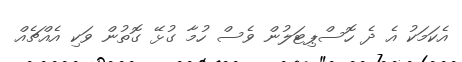
އެކަމަކު އެ ދެ ހޮސްޕިޓަލުން ވެސް ހުމާ ގުޅޭ ގޮތުން ވަކި އެއްޗެއް